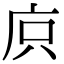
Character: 㡶